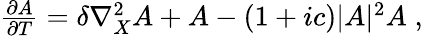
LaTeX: \begin{array}{r}{\frac{\partial A}{\partial T}=\delta\nabla_{X}^{2}A+A-(1+ic)|A|^{2}A\; ,}\end{array}